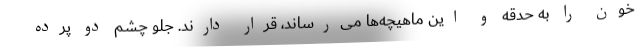
خون را به حدقه و این ماهیچه‌ها می‌رساند، قرار دارند. جلو چشم دو پرده